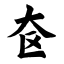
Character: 奁